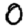
Digit: 0